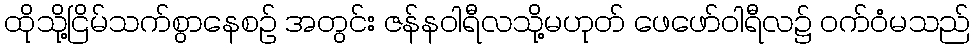
ထိုသို့ငြိမ်သက်စွာနေစဉ် အတွင်း ဇန်နဝါရီလသို့မဟုတ် ဖေဖော်ဝါရီလ၌ ဝက်ဝံမသည်